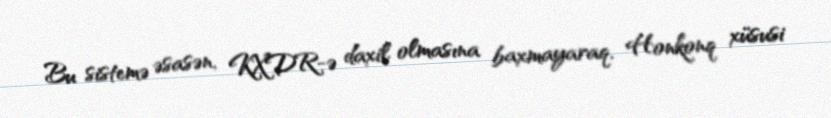
Bu sistemə əsasən, KXDR-ə daxil olmasına baxmayaraq, Honkonq xüsusi